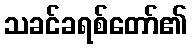
သခင်ခရစ်တော်၏